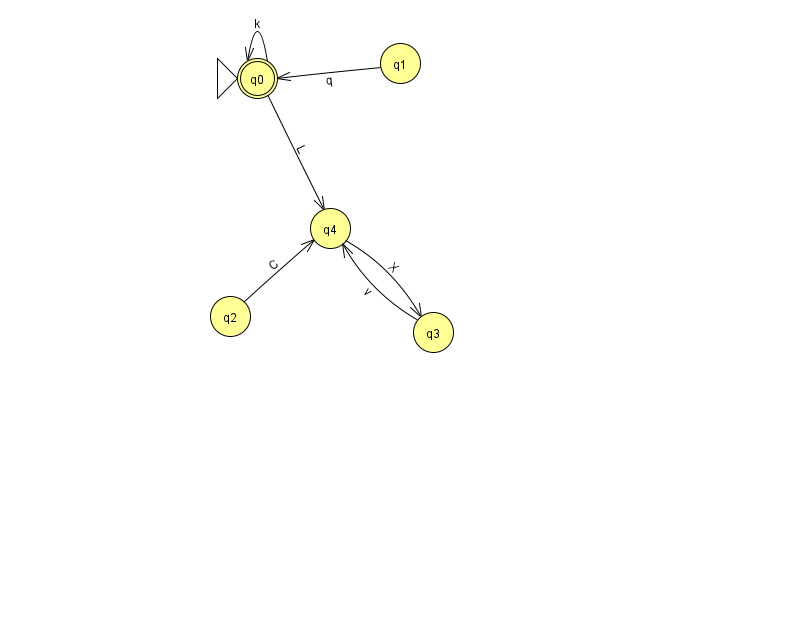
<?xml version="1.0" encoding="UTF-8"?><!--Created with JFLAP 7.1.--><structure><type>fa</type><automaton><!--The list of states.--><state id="0" name="q0"><x>257.0</x><y>65.0</y><initial/><final/></state><state id="1" name="q1"><x>400.0</x><y>50.0</y></state><state id="2" name="q2"><x>230.0</x><y>303.0</y></state><state id="3" name="q3"><x>433.0</x><y>319.0</y></state><state id="4" name="q4"><x>330.0</x><y>215.0</y></state><!--The list of transitions.--><transition><from>3</from><to>4</to><read>v</read></transition><transition><from>0</from><to>4</to><read>L</read></transition><transition><from>2</from><to>4</to><read>C</read></transition><transition><from>1</from><to>0</to><read>q</read></transition><transition><from>0</from><to>0</to><read>k</read></transition><transition><from>4</from><to>3</to><read>X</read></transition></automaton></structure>